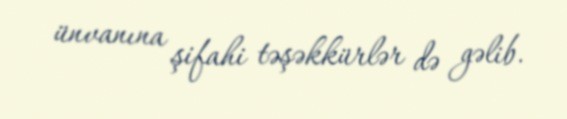
ünvanına şifahi təşəkkürlər də gəlib.